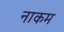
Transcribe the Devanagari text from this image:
नाकम